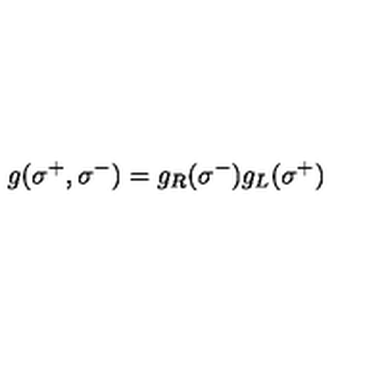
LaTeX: g ( \sigma ^ { + } , \sigma ^ { - } ) = g _ { R } ( \sigma ^ { - } ) g _ { L } ( \sigma ^ { + } )